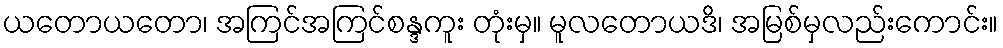
ယတောယတော၊ အကြင်အကြင်စန္ဒကူး တုံးမှ။ မူလတောယဒိ၊ အမြစ်မှလည်းကောင်း။